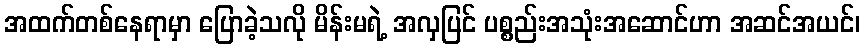
အထက်တစ်နေရာမှာ ပြောခဲ့သလို မိန်းမရဲ့ အလှပြင် ပစ္စည်းအသုံးအဆောင်ဟာ အဆင်အယင်၊